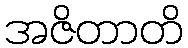
အဇိတာတိ